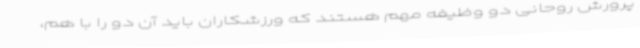
پرورش روحانی دو وظیفه مهم هستند که ورزشکاران باید آن دو را با هم،